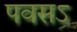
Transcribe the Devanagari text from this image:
पवसऽ